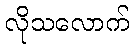
လိုသလောက်